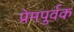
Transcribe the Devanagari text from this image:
प्रेमपुर्वक